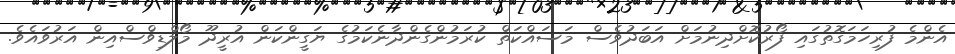
އެންމެ ފުރިހަމަގޮތުގައި ފޯރުކޮށްދިނުމަށް އަބަދުވެސް މަސައްކަތް ކުރަމުންގެންދާނެކަމުގެ ޔަގީންކަން އުރީދޫ މޯލްޑިވްސްއިން އަރުވައެވެ.